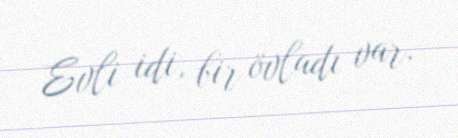
Evli idi, bir övladı var.